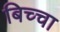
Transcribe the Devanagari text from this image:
बिच्चा